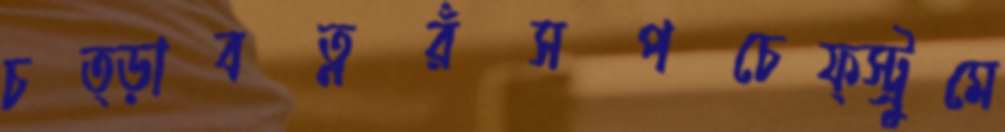
চত্ড়াবত্নরঁসপচেফ্স্ট্রুমে